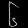
Digit: ၆